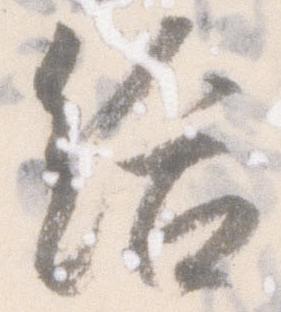
給